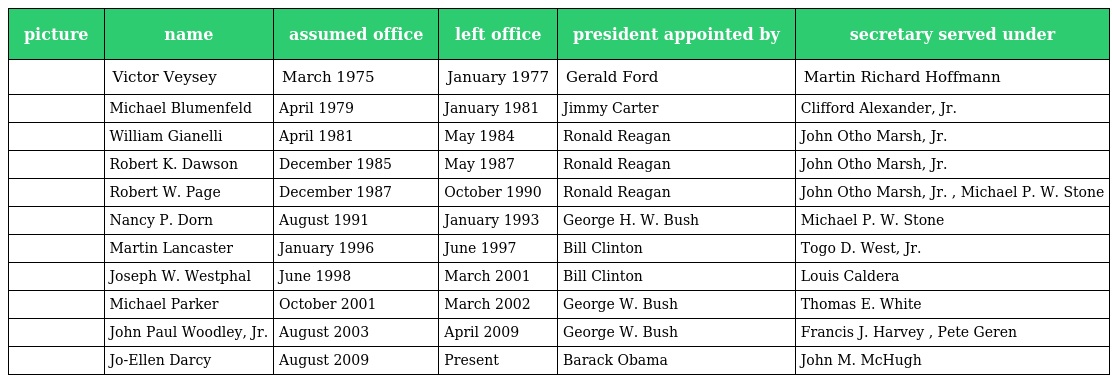
| picture | name | assumed office | left office | president appointed by | secretary served under |
 | --- | --- | --- | --- | --- | --- |
 |  | Victor Veysey | March 1975 | January 1977 | Gerald Ford | Martin Richard Hoffmann |
 |  | Michael Blumenfeld | April 1979 | January 1981 | Jimmy Carter | Clifford Alexander, Jr. |
 |  | William Gianelli | April 1981 | May 1984 | Ronald Reagan | John Otho Marsh, Jr. |
 |  | Robert K. Dawson | December 1985 | May 1987 | Ronald Reagan | John Otho Marsh, Jr. |
 |  | Robert W. Page | December 1987 | October 1990 | Ronald Reagan | John Otho Marsh, Jr. , Michael P. W. Stone |
 |  | Nancy P. Dorn | August 1991 | January 1993 | George H. W. Bush | Michael P. W. Stone |
 |  | Martin Lancaster | January 1996 | June 1997 | Bill Clinton | Togo D. West, Jr. |
 |  | Joseph W. Westphal | June 1998 | March 2001 | Bill Clinton | Louis Caldera |
 |  | Michael Parker | October 2001 | March 2002 | George W. Bush | Thomas E. White |
 |  | John Paul Woodley, Jr. | August 2003 | April 2009 | George W. Bush | Francis J. Harvey , Pete Geren |
 |  | Jo-Ellen Darcy | August 2009 | Present | Barack Obama | John M. McHugh |